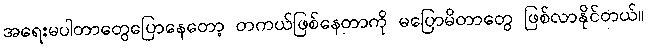
အရေးမပါတာတွေပြောနေတော့ တကယ်ဖြစ်နေတာကို မပြောမိတာတွေ ဖြစ်လာနိုင်တယ်။